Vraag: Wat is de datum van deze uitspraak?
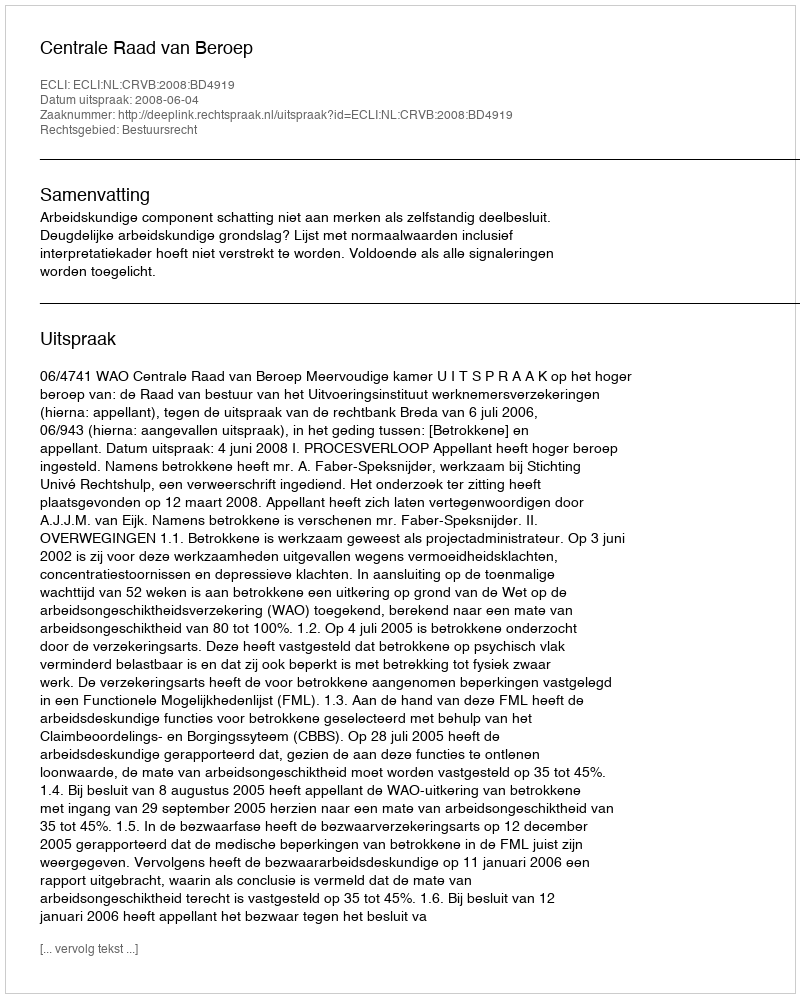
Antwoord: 2008-06-04